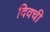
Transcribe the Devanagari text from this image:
दिवची